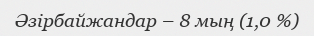
Әзірбайжандар – 8 мың (1,0 %)